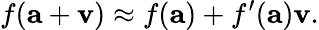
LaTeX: f(\mathbf{a}+\mathbf{v})\approx f(\mathbf{a})+f^{\prime}(\mathbf{a})\mathbf{v}.